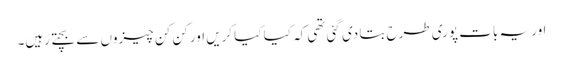
اور یہ بات پوری طرح بتا دی گئی تھی کہ کیا کیا کریں اور کن کن چیزوں سے بچتے رہیں۔